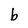
Character: b